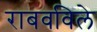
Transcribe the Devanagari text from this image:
राबवविले